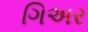
ગિઅર